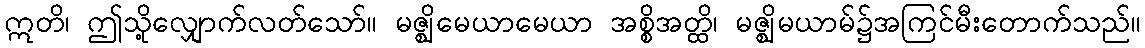
ဣတိ၊ ဤသို့လျှောက်လတ်သော်။ မဇ္ဈိမေယာမေယာ အစ္စိအတ္ထိ၊ မဇ္ဈိမယာမ်၌အကြင်မီးတောက်သည်။